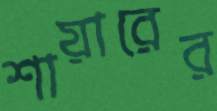
শায়ারের